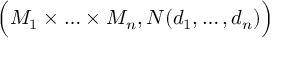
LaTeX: { \Big ( } M _ { 1 } \times \ldots \times M _ { n } , N ( d _ { 1 } , \ldots , d _ { n } ) { \Big ) }